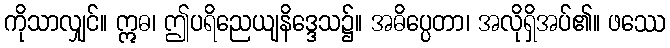
ကိုသာလျှင်။ ဣဓ၊ ဤပရိညေယျနိဒ္ဒေသ၌။ အဓိပ္ပေတာ၊ အလိုရှိအပ်၏။ ဖဿေ